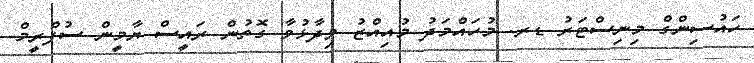
ހައުސިންގް މިނިސްޓަރު ޑރ. މުހައްމަދު މުއިއްޒު ވިދާޅުވާ ގޮތުން ރައީސް ޔާމީން ސުޕްރީމް